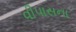
વીપાસના